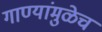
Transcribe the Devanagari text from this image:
गाण्यांमुळेच